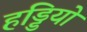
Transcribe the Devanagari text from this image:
हड्डियो